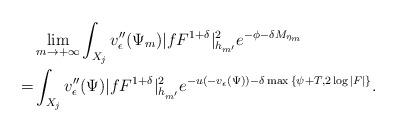
LaTeX: \begin{align*}&\lim_{m\to+\infty}\int_{X_j}v''_{\epsilon}(\Psi_m)|fF^{1+\delta}|^2_{h_{m'}} e^{-\phi-\delta M_{\eta_m}}\\=&\int_{X_j}v''_{\epsilon}(\Psi)|fF^{1+\delta}|^2_{h_{m'}} e^{-u(-v_{\epsilon}(\Psi))-\delta \max{\{\psi+T,2\log|F|\}}}.\end{align*}